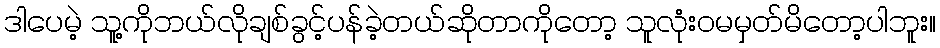
ဒါပေမဲ့ သူ့ကိုဘယ်လိုချစ်ခွင့်ပန်ခဲ့တယ်ဆိုတာကိုတော့ သူလုံးဝမမှတ်မိတော့ပါဘူး။